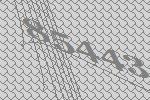
85443